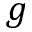
g